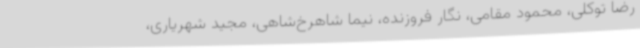
رضا توکلی، محمود مقامی، نگار فروزنده، نیما شاهرخ‌شاهی، مجید شهریاری،